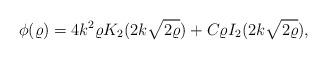
LaTeX: \begin{align*}\phi(\varrho)= 4k^2\varrho K_2(2k\sqrt{2\varrho}) + C \varrho I_2( 2k\sqrt{2\varrho}),\end{align*}